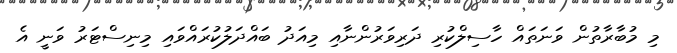
މި މުބާރާތުން ވަނަތައް ހާސިލްކުރި ދަރިވަރުންނާއި މިއަދު ބައްދަލުކުރައްވައި މިނިސްޓަރު ވަނީ އެ